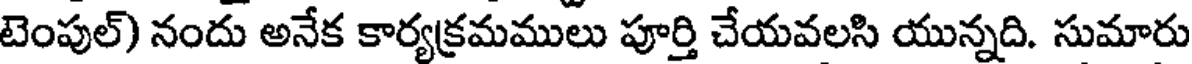
టెంపుల్) నందు అనేక కార్యక్రమములు పూర్తి చేయవలసి యున్నది. సుమారు